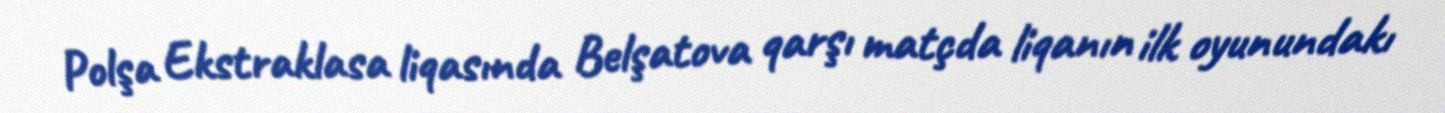
Polşa Ekstraklasa liqasında Belşatova qarşı matçda liqanın ilk oyunundakı